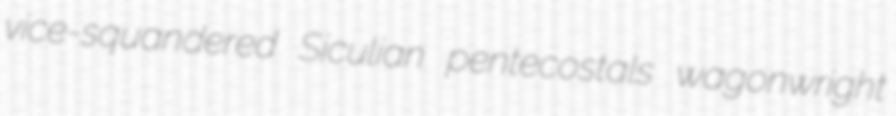
vice-squandered Siculian pentecostals wagonwright